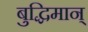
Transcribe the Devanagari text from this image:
बुद्धिमान्‌